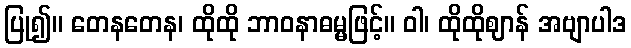
ပြု၍။ တေနတေန၊ ထိုထို ဘာဝနာဓမ္မဖြင့်။ ဝါ၊ ထိုထိုဈာန် အဗျာပါဒ